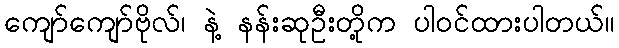
ကျော်ကျော်ဗိုလ်၊ နဲ့ နန်းဆုဦးတို့က ပါဝင်ထားပါတယ်။